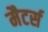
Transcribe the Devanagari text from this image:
मैटर्स